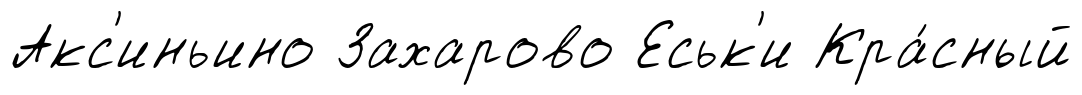
Акс'иньино Захарово Еськ'и Кра́сный